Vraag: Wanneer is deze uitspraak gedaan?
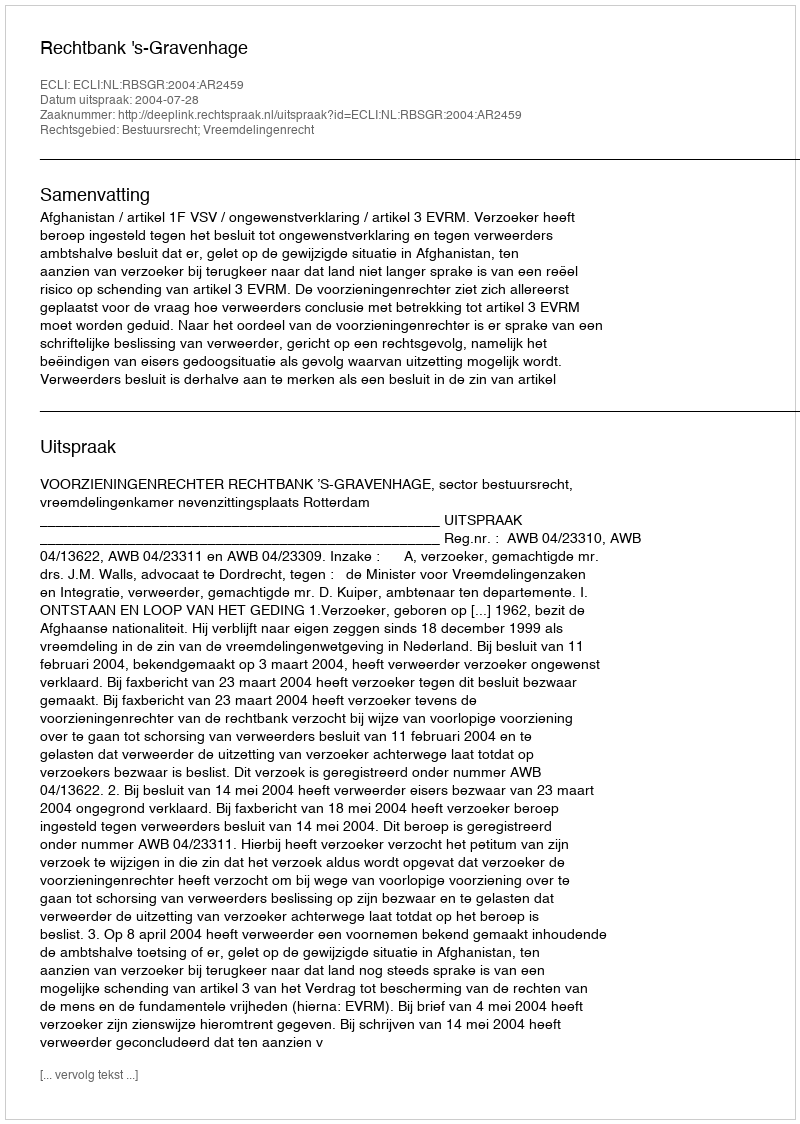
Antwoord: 2004-07-28